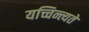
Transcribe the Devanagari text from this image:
यच्चिन्त्यते